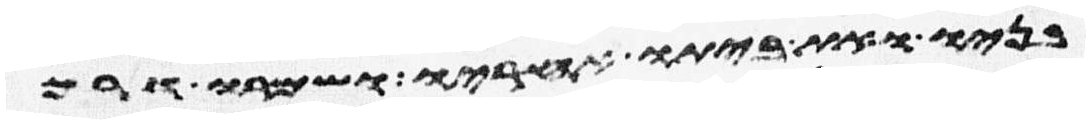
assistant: בניו ואת ביתו אחריו ושמרו דרך